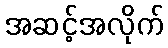
အဆင့်အလိုက်